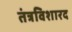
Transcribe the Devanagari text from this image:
तंत्रविशारद